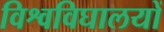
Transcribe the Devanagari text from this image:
विश्वविघालयों